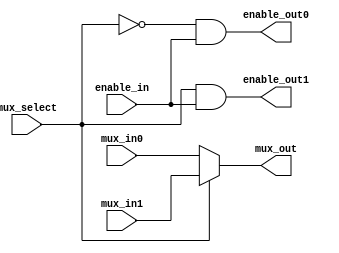
//--------------------------------------------------------------------------
//
//  Unpublished work. Copyright 2022 Siemens
//
//  This material contains trade secrets or otherwise confidential 
//  information owned by Siemens Industry Software Inc. or its affiliates 
//  (collectively, SISW), or its licensors. Access to and use of this 
//  information is strictly limited as set forth in the Customer's 
//  applicable agreements with SISW.
//
//--------------------------------------------------------------------------
//  File created by: Tessent Shell
//          Version: 2022.4
//--------------------------------------------------------------------------

module firebird7_in_gate2_tessent_scanmux_intest_edt_scan_bi_sol_secure_mux (
  input wire mux_in0,
  input wire mux_in1,
  output wire mux_out,
  input wire mux_select,
  input wire enable_in,
  output wire enable_out0,
  output wire enable_out1
);
  assign enable_out0     = ~mux_select & enable_in;
  assign enable_out1     =  mux_select & enable_in;
 
  assign mux_out         = mux_select ? mux_in1 : mux_in0;
 
endmodule